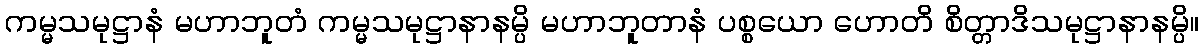
ကမ္မသမုဋ္ဌာနံ မဟာဘူတံ ကမ္မသမုဋ္ဌာနာနမ္ပိ မဟာဘူတာနံ ပစ္စယော ဟောတိ စိတ္တာဒိသမုဋ္ဌာနာနမ္ပိ။